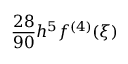
{ \frac { 2 8 } { 9 0 } } h ^ { 5 } f ^ { ( 4 ) } ( \xi )